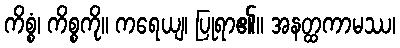
ကိစ္စံ၊ ကိစ္စကို။ ကရေယျ၊ ပြုရာ၏။ အနတ္ထကာမဿ၊